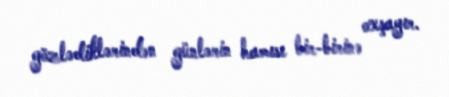
gözlədiklərindən günlərin hamısı bir-birinə oxşayır.